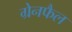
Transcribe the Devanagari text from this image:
ग्रेनफैल